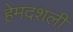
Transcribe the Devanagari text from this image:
हेमदशली